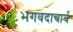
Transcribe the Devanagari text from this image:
भगवदाचार्य